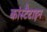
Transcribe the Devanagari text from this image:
कांस्टैटाइन